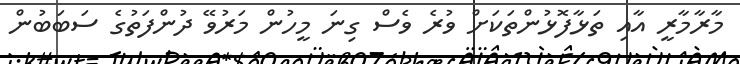
މާރާމާރީ އާއި ތަޅާފޮޅުންތަކަށް ވުރެ ވެސް ގިނަ މީހުން މަރުވޭ ދުންފަތުގެ ސަބަބުން